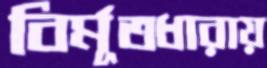
বির্মূতধারায়